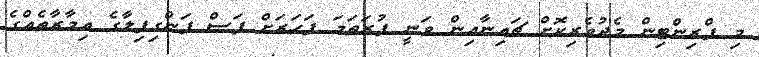
މި ޕްރިންޓިން މެދުވެރިކޮށް ޗައިނާއިން ވަނީ ފުރަތަމަ ފަހަރަށް ފަސް ފަންގިފިލާގެ އިމާރާތެއްގެ